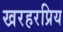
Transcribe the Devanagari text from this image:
खरहरप्रिय